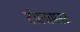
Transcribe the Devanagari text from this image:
टोरनामनट